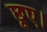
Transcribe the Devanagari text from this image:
छूए।